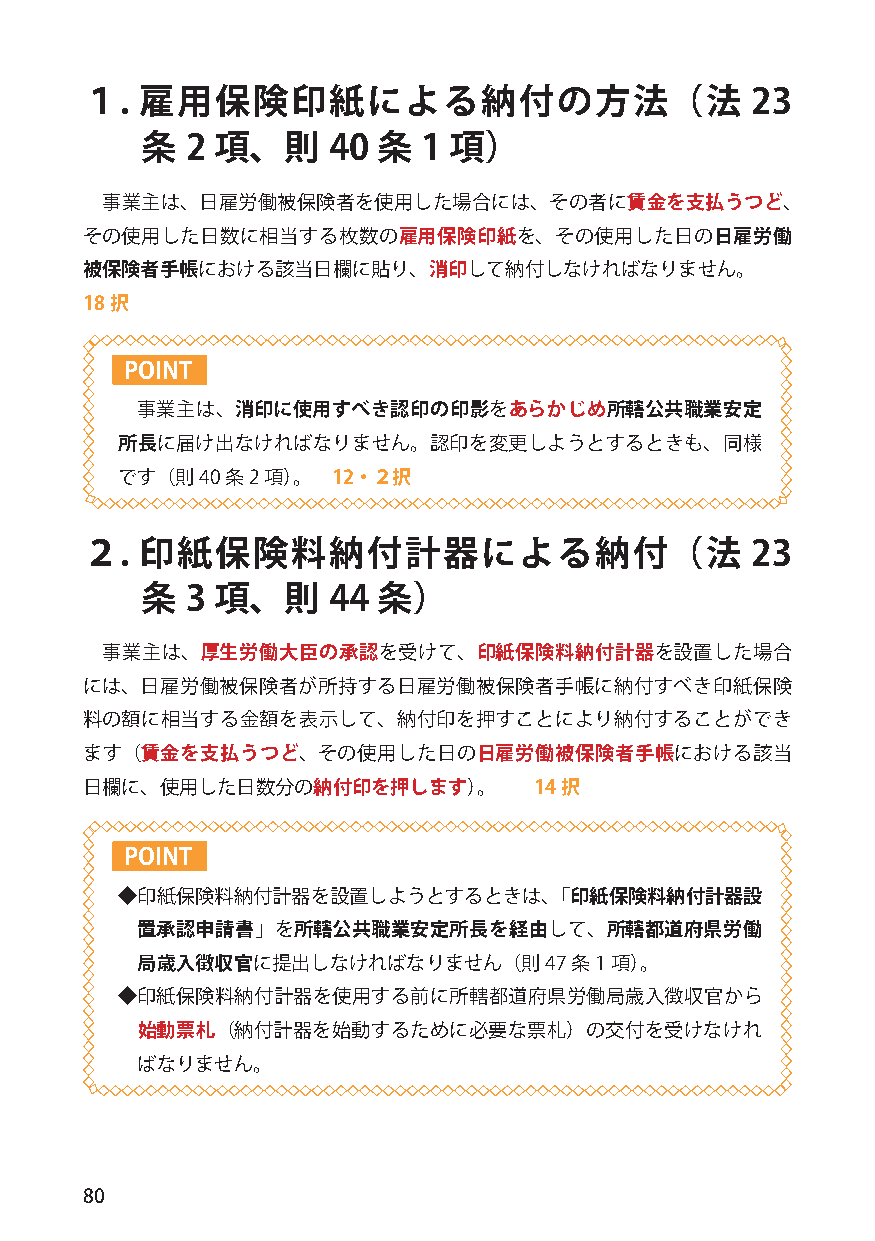
１.  雇用保険印紙による納付の方法（法                         23
 条  2 項、則     40 条  1 項）
 事業主は、日雇労働被保険者を使用した場合には、その者に賃金を支払うつど、
 その使用した日数に相当する枚数の雇用保険印紙を、その使用した日の日雇労働
 被保険者手帳における該当日欄に貼り、消印して納付しなければなりません。
 18択
 POINT
 事業主は、消印に使用すべき認印の印影をあらかじめ所轄公共職業安定
 所長に届け出なければなりません。認印を変更しようとするときも、同様
 です（則40 条2 項）。 12・２択
 ２.  印紙保険料納付計器による納付（法                         23
 条  3 項、則     44 条）
 事業主は、厚生労働大臣の承認を受けて、印紙保険料納付計器を設置した場合
 には、日雇労働被保険者が所持する日雇労働被保険者手帳に納付すべき印紙保険
 料の額に相当する金額を表示して、納付印を押すことにより納付することができ
 ます（賃金を支払うつど、その使用した日の日雇労働被保険者手帳における該当
 日欄に、使用した日数分の納付印を押します）。        14択
 POINT
 ◆印紙保険料納付計器を設置しようとするときは、「印紙保険料納付計器設
 置承認申請書」を所轄公共職業安定所長を経由して、所轄都道府県労働
 局歳入徴収官に提出しなければなりません（則47      条1項）。
 ◆印紙保険料納付計器を使用する前に所轄都道府県労働局歳入徴収官から
 始動票札（納付計器を始動するために必要な票札）の交付を受けなけれ
 ばなりません。
 80